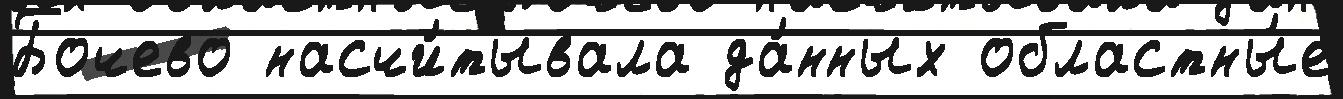
Бочево насчи́тывала да́нных областны́е